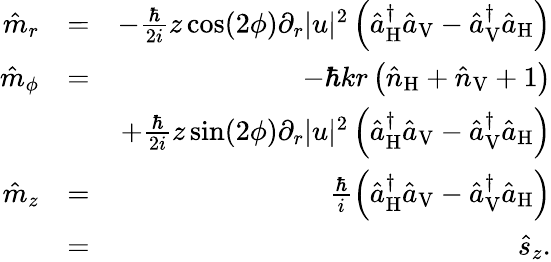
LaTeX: \begin{array}{rlr}{\hat{m}_{r}}&{=}&{-\frac{\hbar}{2i}z\cos(2\phi)\partial_{r}|u|^{2}\left(\hat{a}_{\mathrm{H}}^{\dagger}\hat{a}_{\mathrm{V}}-\hat{a}_{\mathrm{V}}^{\dagger}\hat{a}_{\mathrm{H}}\right)}\\ {\hat{m}_{\phi}}&{=}&{-\hbar kr\left(\hat{n}_{\mathrm{H}}+\hat{n}_{\mathrm{V}}+1\right)}\\ &{}&{+\frac{\hbar}{2i}z\sin(2\phi)\partial_{r}|u|^{2}\left(\hat{a}_{\mathrm{H}}^{\dagger}\hat{a}_{\mathrm{V}}-\hat{a}_{\mathrm{V}}^{\dagger}\hat{a}_{\mathrm{H}}\right)}\\ {\hat{m}_{z}}&{=}&{\frac{\hbar}{i}\left(\hat{a}_{\mathrm{H}}^{\dagger}\hat{a}_{\mathrm{V}}-\hat{a}_{\mathrm{V}}^{\dagger}\hat{a}_{\mathrm{H}}\right)}\\ &{=}&{\hat{s}_{z}.}\end{array}